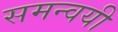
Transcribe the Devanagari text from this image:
समन्वयी